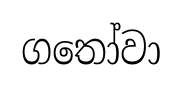
ගතෝවා